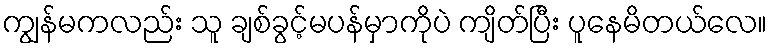
ကျွန်မကလည်း သူ ချစ်ခွင့်မပန်မှာကိုပဲ ကျိတ်ပြီး ပူနေမိတယ်လေ။